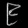
Digit: ၉